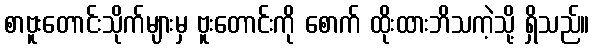
စာဗူးတောင်းသိုက်များမှ ဗူးတောင်းကို စောက် ထိုးထားဘိသကဲ့သို့ ရှိသည်။